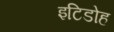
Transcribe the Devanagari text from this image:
इटिडोह